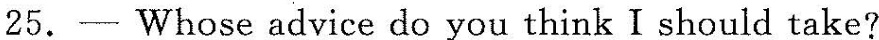
25.— Whose advice do you think I should take?